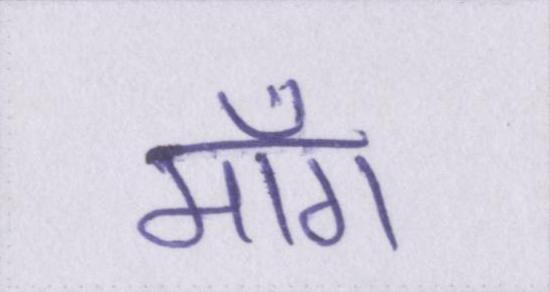
माँग